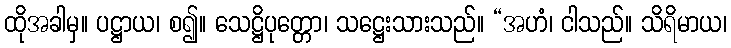
ထိုအခါမှ။ ပဋ္ဌာယ၊ စ၍။ သေဋ္ဌိပုတ္တော၊ သဋ္ဌေးသားသည်။ “အဟံ၊ ငါသည်။ သိရိမာယ၊